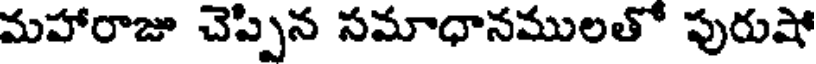
మహారాజు చెప్పిన సమాధానములతో పురుషో